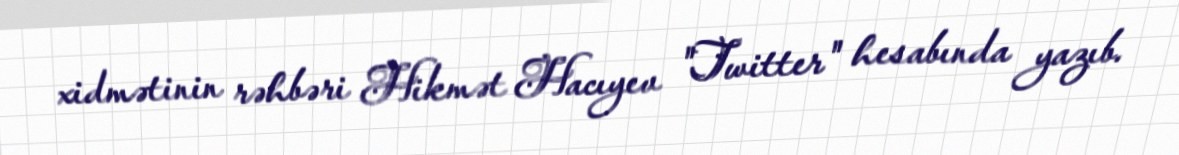
xidmətinin rəhbəri Hikmət Hacıyev "Twitter" hesabında yazıb.